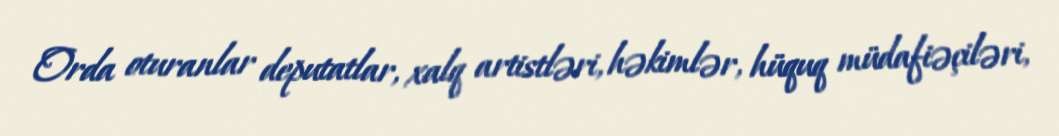
Orda oturanlar deputatlar, xalq artistləri, həkimlər, hüquq müdafiəçiləri,